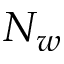
N _ { w }